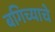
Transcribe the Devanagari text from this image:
बगिच्याचे